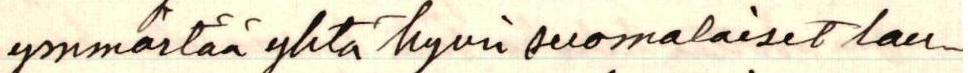
ymmärtää yhtä hyvin suomalaiset lau-